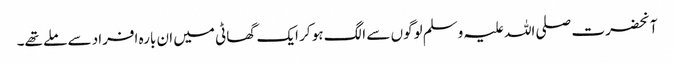
آنحضرت صلی اللہ علیہ وسلم لوگوں سے الگ ہو کر ایک گھاٹی میں ان بارہ افراد سے ملے تھے۔